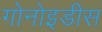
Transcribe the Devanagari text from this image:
गोनोइडीस